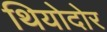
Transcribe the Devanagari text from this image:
थियोदोर